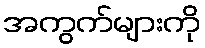
အကွက်များကို